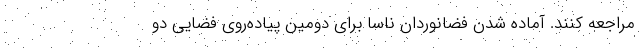
مراجعه کنند. آماده شدن فضانوردان ناسا برای دومین پیاده‌روی فضایی دو